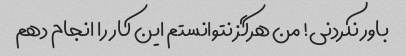
باور نکردنی! من هرگز نتوانستم این کار را انجام دهم